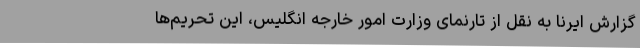
گزارش ایرنا به نقل از تارنمای وزارت امور خارجه انگلیس، این تحریم‌ها